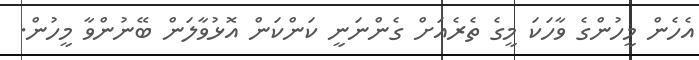
އެހެން މީހުންގެ ވާހަކަ މީގެ ތެރެއަށް ގެންނަނީ ކަންކަން އޮޅުވާލަން ބޭނުންވާ މީހުން.